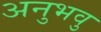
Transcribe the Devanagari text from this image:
अनुभवु